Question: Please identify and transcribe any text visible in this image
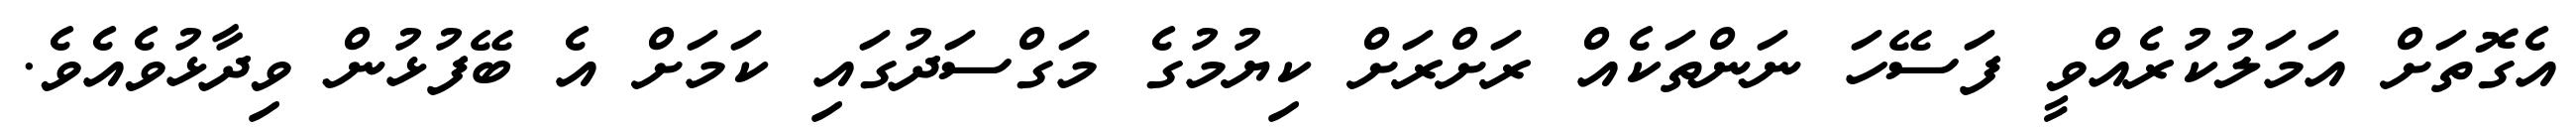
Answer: އެގޮތަށް އަމަލުކުރެއްވީ ފަސޭހަ ނަންތަކެއް ރަށްރަށް ކިޔުމުގެ މަގްސަދުގައި ކަމަށް އެ ބޭފުޅުން ވިދާޅުވެއެވެ.